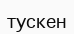
тускен